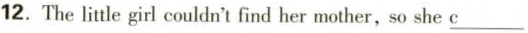
12. The little girl couldn't find her mother,so she \underline{c}